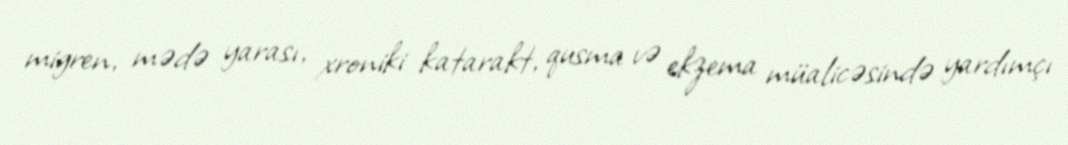
migren, mədə yarası, xroniki katarakt, qusma və ekzema müalicəsində yardımçı